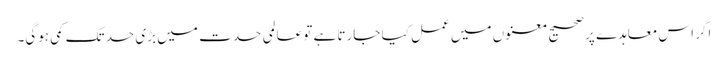
اگر اس معاہدے پر صحیح معنوں میں عمل کیا جارتا ہے تو عالمی حدت میں بڑی حد تک کمی ہوگی۔